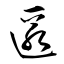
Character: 匿